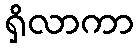
ရှိလာကာ